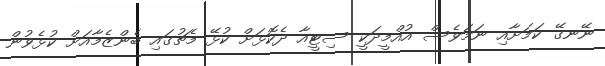
ނޭނގޭ ކަމަށާއި ނަމަވެސް އުއްމީދަކީ ސިޓީއާ ދެކޮޅަށް ކުޅޭ މެޗުގައި ބެންޒެމާއަށް ކުޅެވުން